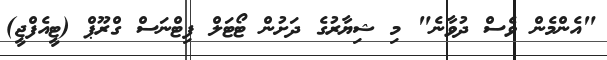
"އެންމެން ވެސް ދުވާނެ" މި ޝިޔާރުގެ ދަށުން ޓޯޓަލް ފިޓްނަސް ގްރޫޕް (ޓީއެފްޖީ)